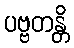
ပဗ္ဗတန္တိ